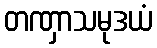
တဏှာသမုဒယံ